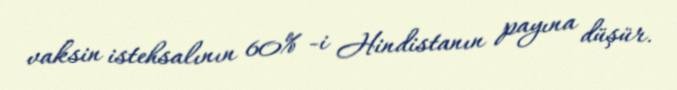
vaksin istehsalının 60% -i Hindistanın payına düşür.